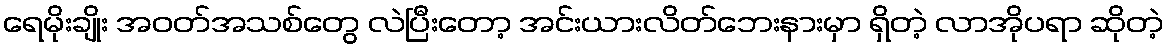
ရေမိုးချိုး အဝတ်အသစ်တွေ လဲပြီးတော့ အင်းယားလိတ်ဘေးနားမှာ ရှိတဲ့ လာအိုပရာ ဆိုတဲ့